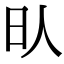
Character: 𣅁